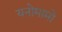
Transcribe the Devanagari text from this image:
यनोमामो